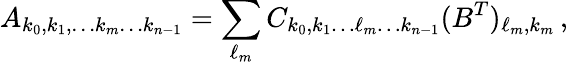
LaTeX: A_{k_{0},k_{1},\dots k_{m}\dots k_{n-1}}=\sum_{\ell_{m}}C_{k_{0},k_{1}\dots\ell_{m}\dots k_{n-1}}(B^{T})_{\ell_{m},k_{m}}\, ,